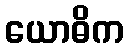
ယောဓိက